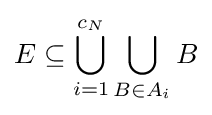
E\subseteq \bigcup _{i=1}^{c_{N}}\bigcup _{B\in A_{i}}B